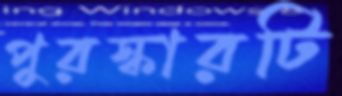
পুরস্কারটি